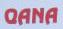
qana